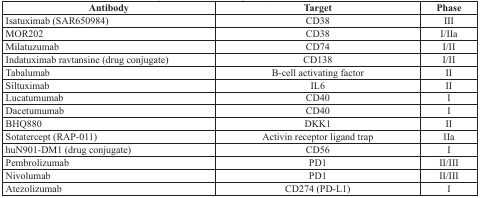
| Antibody | Target | Phase |
 | --- | --- | --- |
 | Isatuximab (SAR650984) | CD38 | III |
 | MOR202 | CD38 | I/IIa |
 | Milatuzumab | CD74 | I/II |
 | Indatuximab ravtansine (drug conjugate) | CD138 | I/II |
 | Tabalumab | B-cell activating factor | II |
 | Siltuximab | IL6 | II |
 | Lucatumumab | CD40 | I |
 | Dacetumumab | CD40 | I |
 | BHQ880 | DKK1 | II |
 | Sotatercept (RAP-011) | Activin receptor ligand trap | IIa |
 | huN901-DM1 (drug conjugate) | CD56 | I |
 | Pembrolizumab | PD1 | II/III |
 | Nivolumab | PD1 | II/III |
 | Atezolizumab | CD274 (PD-L1) | I |